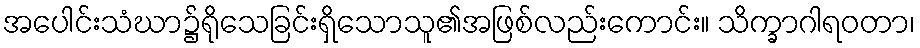
အပေါင်းသံဃာ၌ရိုသေခြင်းရှိသောသူ၏အဖြစ်လည်းကောင်း။ သိက္ခာဂါရဝတာ၊